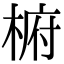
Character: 椨